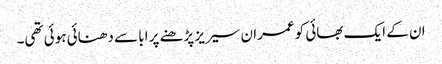
ان کے ایک بھائی کو عمران سیریز پڑھنے پر ابا سے دھنائی ہوئی تھی۔